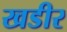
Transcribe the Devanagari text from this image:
खडीर